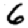
Digit: 6